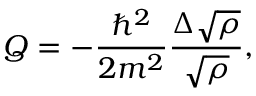
Q = - \frac { \hbar ^ { 2 } } { 2 m ^ { 2 } } \frac { \Delta \sqrt { \rho } } { \sqrt { \rho } } ,